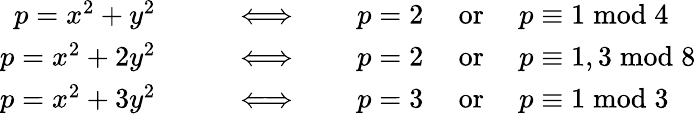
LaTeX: {\begin{array}{rl}{p=x^{2}+y^{2}\qquad}&{\Longleftrightarrow\qquad p=2\quad{\mathrm{~or~}}\quad p\equiv 1{\bmod{4}}}\\ {p=x^{2}+2y^{2}\qquad}&{\Longleftrightarrow\qquad p=2\quad{\mathrm{~or~}}\quad p\equiv 1,3{\bmod{8}}}\\ {p=x^{2}+3y^{2}\qquad}&{\Longleftrightarrow\qquad p=3\quad{\mathrm{~or~}}\quad p\equiv 1{\bmod{3}}}\end{array}}